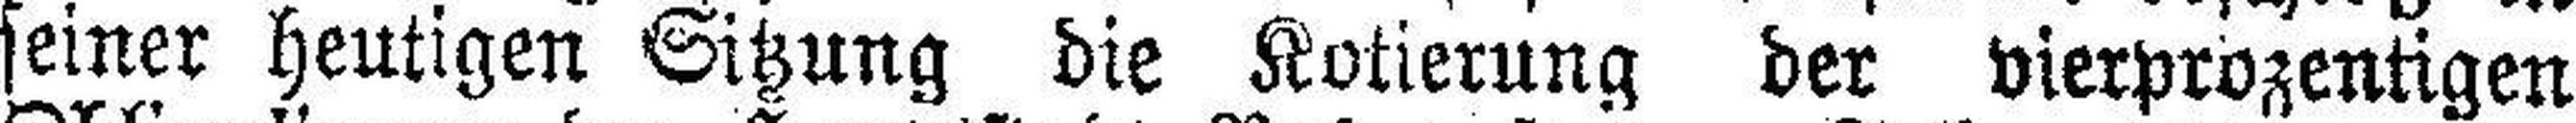
seiner heutigen Sitzung die Kotierung der vierprozentigen